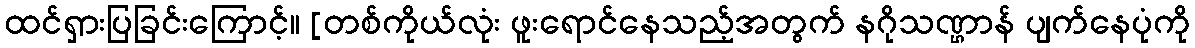
ထင်ရှားပြခြင်းကြောင့်။ [တစ်ကိုယ်လုံး ဖူးရောင်နေသည့်အတွက် နဂိုသဏ္ဌာန် ပျက်နေပုံကို